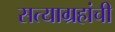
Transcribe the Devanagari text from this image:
सत्याग्रहांची